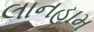
લાનહામ